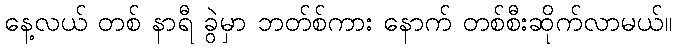
နေ့လယ် တစ် နာရီ ခွဲမှာ ဘတ်စ်ကား နောက် တစ်စီးဆိုက်လာမယ်။